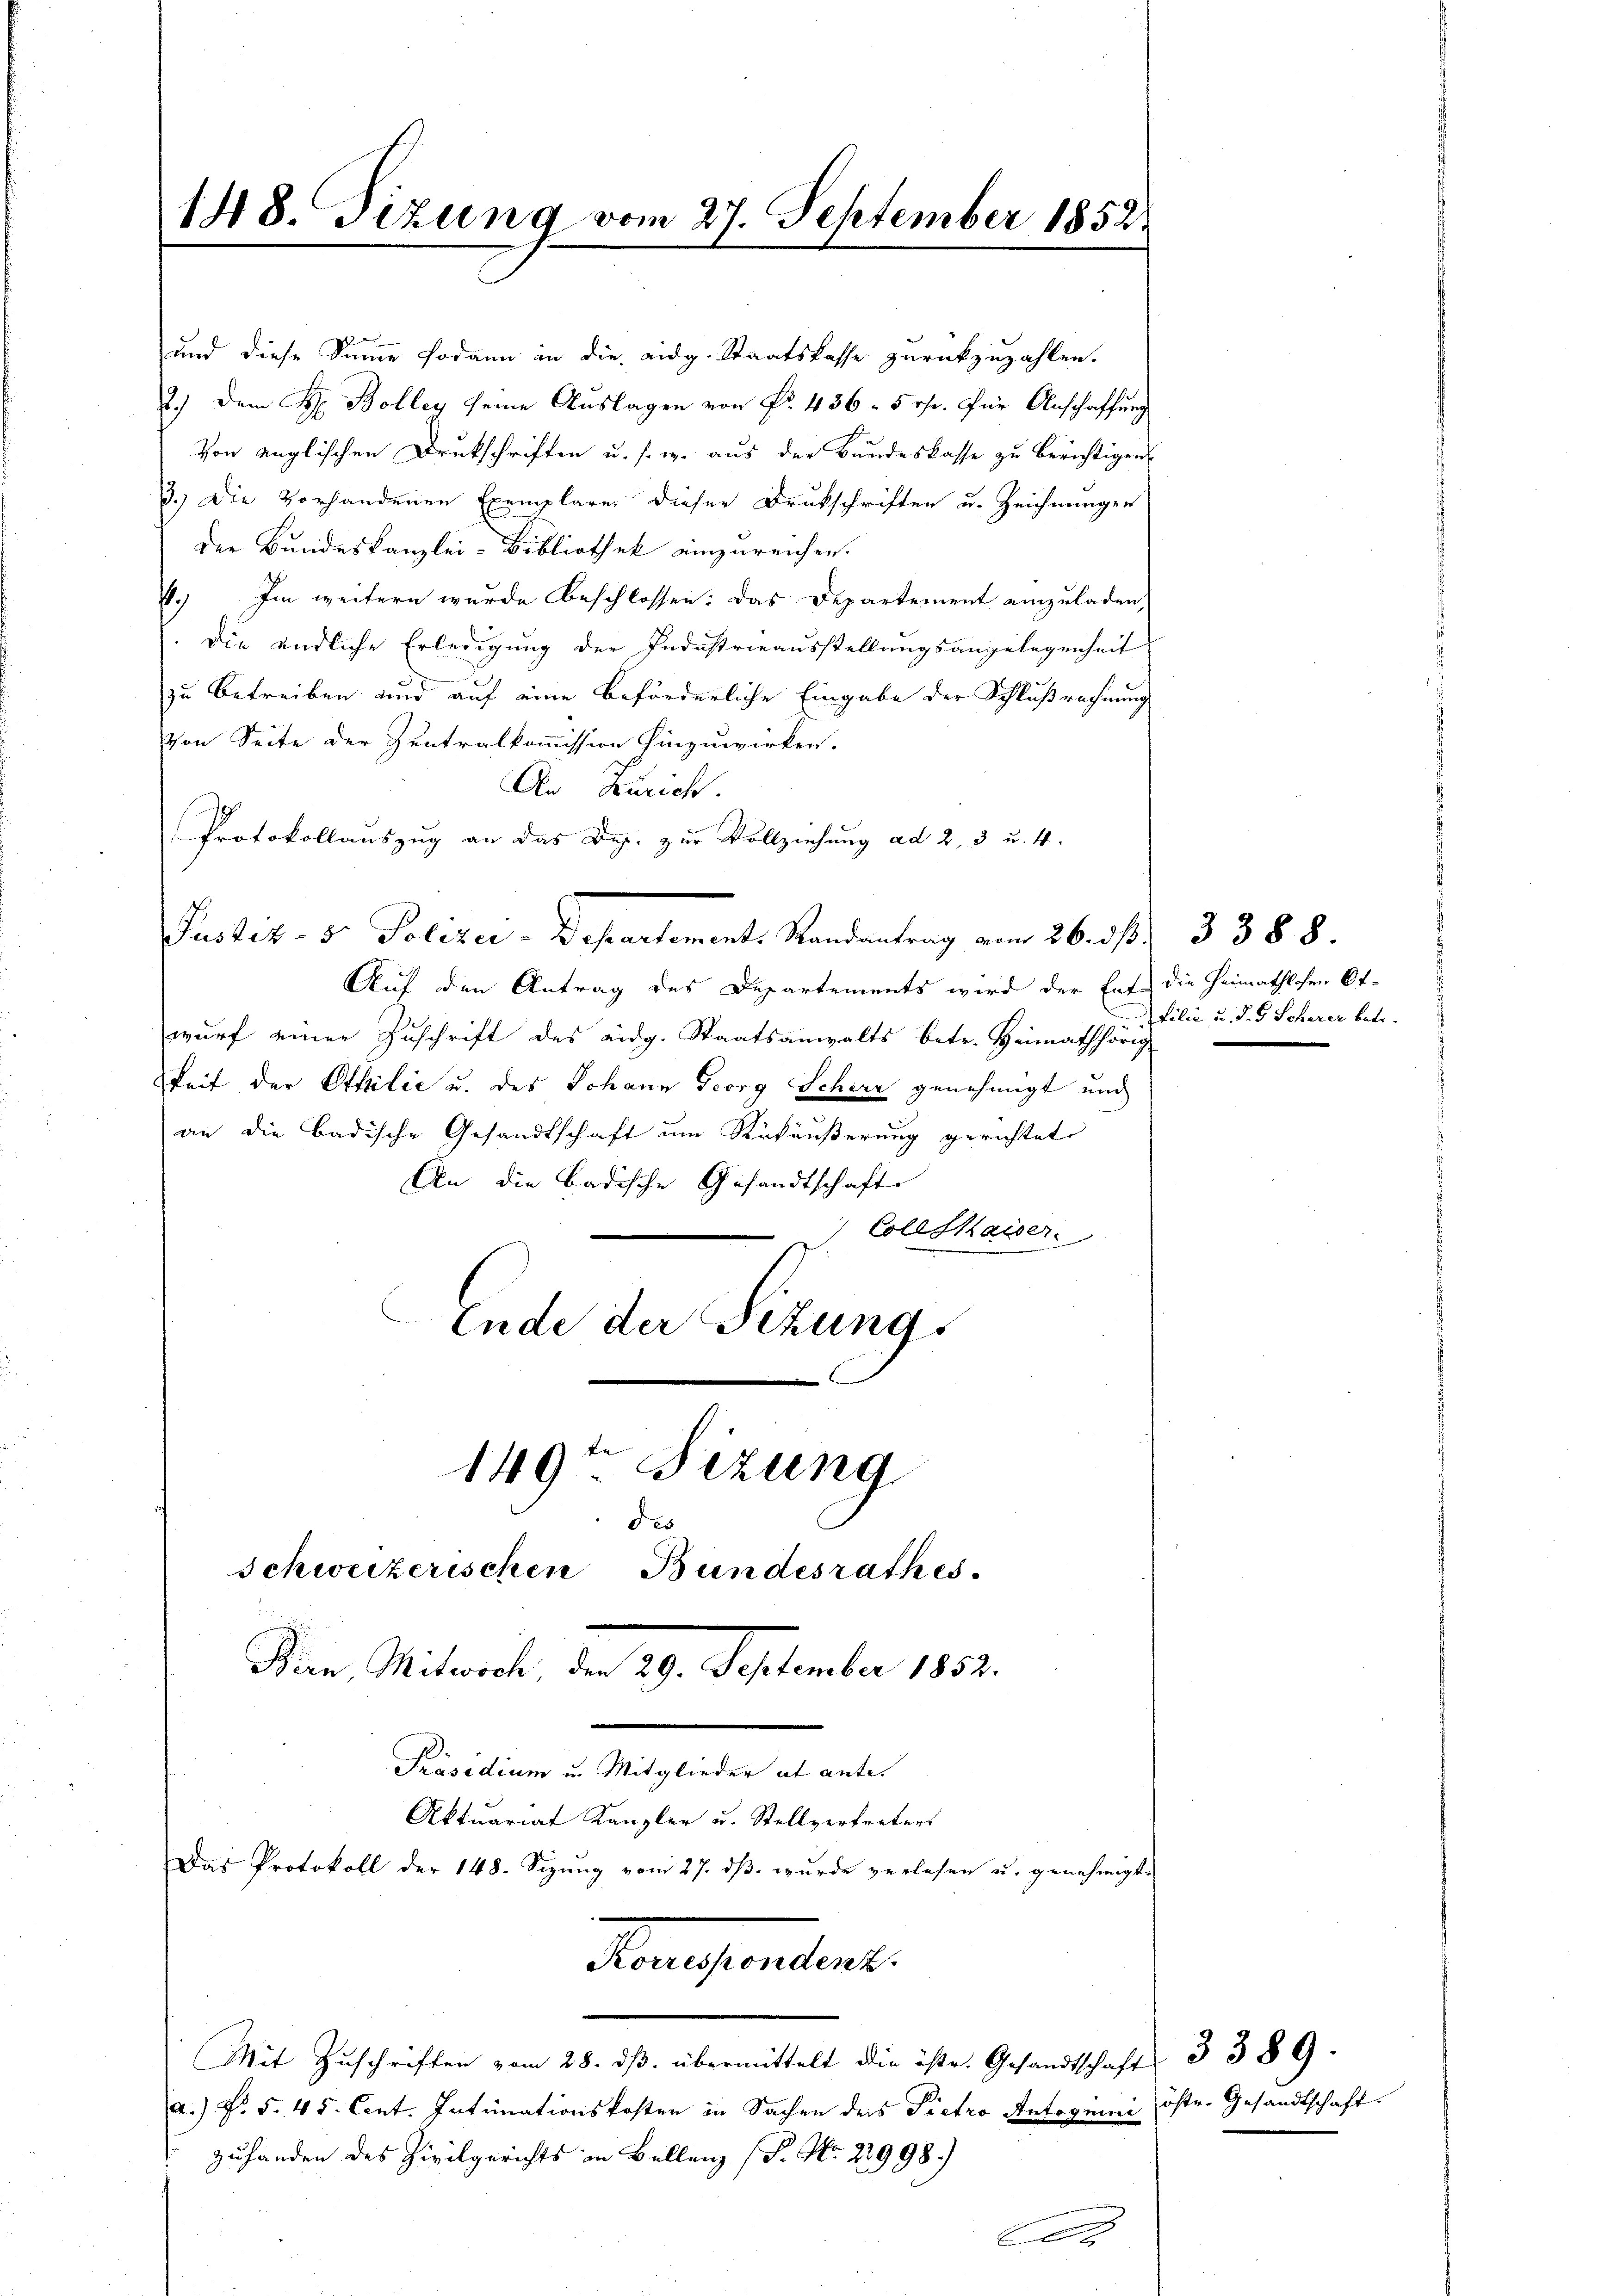
148. Tizung vom 27. September 1852.

und diese Summe sodann in die eidg. Staatskasse zurückzuzahlen.
2.) Dem H. Bolley seine Auslagen von Fr. 436 - 50fr. für Anschaffung
Von englischen Drukschriften u. s. w. aus der Bundeskasse zu berichtigen
3.) Die vorhandenen Exemplare dieser Drukschriften u. Zeichnungen
der Bundeskanzlei-Bibliothek einzureichen.
4.) Im weitern wurde beschlossen: Das Departement einzuladen,
.Die endliche Erledigung der Industrieausstellungsangelegenheit
zu betreiben und auf eine beförderliche Eingabe der Schlußrechnung
Von Seite der Zentralkommission hinzuwirken.
An Zürich.
Protokollauszug an das Dop. zur Vollziehung ad 2, 3 u. 4.
Justiz- & Polizer-Departements Randantrag am 26. ds. 3388.
Auf den Antrag des Departements wird der Ent die Heimathlosen Ot-
s
wurf einer Zuschrift des eidg. Staatsanwalts betr. Heimathörig
keit der Ottilie u. des Johann Georg Schirr genehmigt und
an die badische Gesandtschaft um Rükäußerung gerichtet
An die Badische Gesandtschafte
Collskaiser
Ende der Sitzungs
149ten Sizung

schweizerischen Bundesrathes

Konesentant
Mit Zŭschriften vom 28. dβ übermittelt die öste. Gesandtschaft 3 389.
a.) d. 5. 45. Cent. Intimationskosten in Sachen ders Pietro Antognini öste. Gesandtschaft
zuhanden des Zivilgerichts in Bellenz (P. Nr. 22998.)

des
Kin, Mitwoch, der 29. September 1882.
Präsidium u. Mitglieder et ante.
Aktuariat Kanzler u. Stellvertreters
Das Protokoll der 148. Sizung vom 27. dß wurde verlesen u. genehmigte

|

filia u. d. 5 Scherer betr.